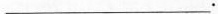
___.